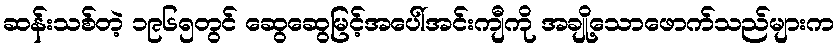
ဆန်းသစ်တဲ့ ၁၉၆၅တွင် ဆွေဆွေမြင့်အပေါ်အင်းကျီကို အချို့သောဖောက်သည်များက